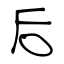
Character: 后